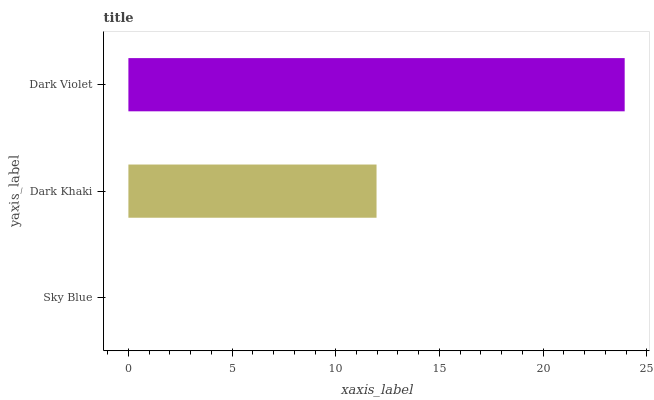
| yaxis_label | bars |
 | --- | --- |
 | Sky Blue | 0 |
 | Dark Khaki | 12 |
 | Dark Violet | 23.9 |